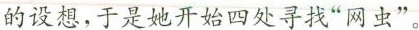
的设想，于是她开始四处寻找”网虫”